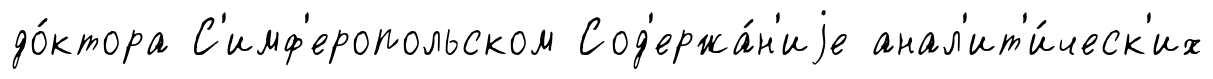
до́ктора С'имф'еропольском Сод'ержа́н'иjе анал'ит'и́ческ'их